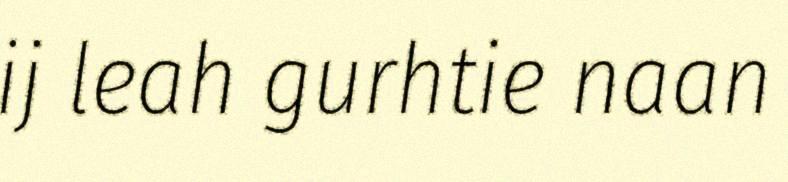
ij leah gurhtie naan